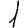
Digit: 1